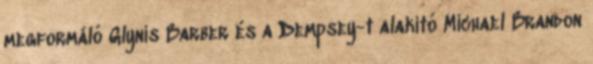
megformáló Glynis Barber és a Dempsey-t alakító Michael Brandon